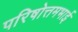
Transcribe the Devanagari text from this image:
परिषोत्तमभाई